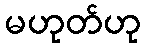
မဟုတ်ဟု